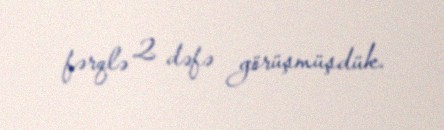
fərqlə 2 dəfə görüşmüşdük.